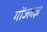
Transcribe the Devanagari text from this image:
गोंज्लज़